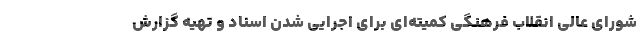
شورای عالی انقلاب فرهنگی کمیته‌ای برای اجرایی شدن اسناد و تهیه گزارش